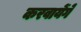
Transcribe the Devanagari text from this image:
करवायेंगे